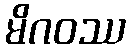
မိဂဝဿ